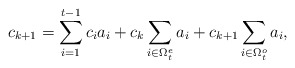
\begin{align*}c_{k+1}=\sum_{i=1}^{t-1}c_ia_i+c_{k}\sum_{i\in \Omega_t^e} a_i+c_{k+1}\sum_{i\in \Omega_t^o} a_i,\end{align*}